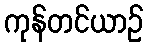
ကုန်တင်ယာဉ်